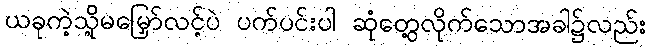
ယခုကဲ့သို့မမြှော်လင့်ပဲ ပက်ပင်းပါ ဆုံတွေ့လိုက်သောအခါ၌လည်း